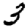
Digit: 3